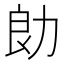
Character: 勆